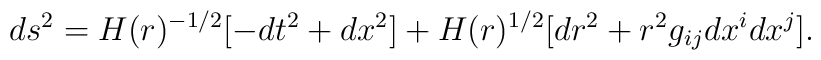
ds^2= H(r)^{-1/2}[-dt^2 +dx^2] + H(r)^{1/2}[dr^2 +r^2g_{ij}dx^idx^j].